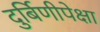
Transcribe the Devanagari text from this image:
दुर्बिणीपेक्षा